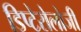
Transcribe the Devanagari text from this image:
डिप्टेरोलोजी